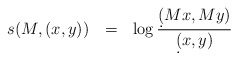
\begin{align*} s(M,(x,y)) \ \ = \ \ \log \frac{\d(Mx,My)}{\d(x,y)}\end{align*}